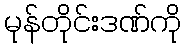
မုန်တိုင်းဒဏ်ကို